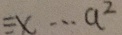
\equiv x \cdots a ^ { 2 }